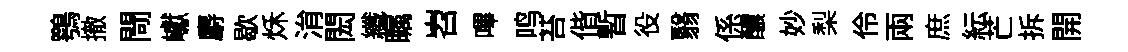
鶚撤閜巘麝歇秌㳙閎纖瞩岧嗶鸣苔偕暫役翳係醲妙梨伶兩庶紜芒拆開